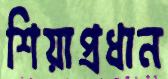
শিয়াপ্রধান